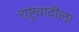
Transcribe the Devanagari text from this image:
राष्ट्रवादीला